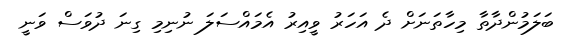
ބަލަމުންދާތާ މިހާތަނަށް ދެ އަހަރު ވީއިރު އެމައްސަލަ ނުނިމި ގިނަ ދުވަސް ވަނީ